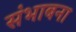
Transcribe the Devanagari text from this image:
संभाबना